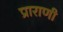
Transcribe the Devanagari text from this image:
प्राराणी